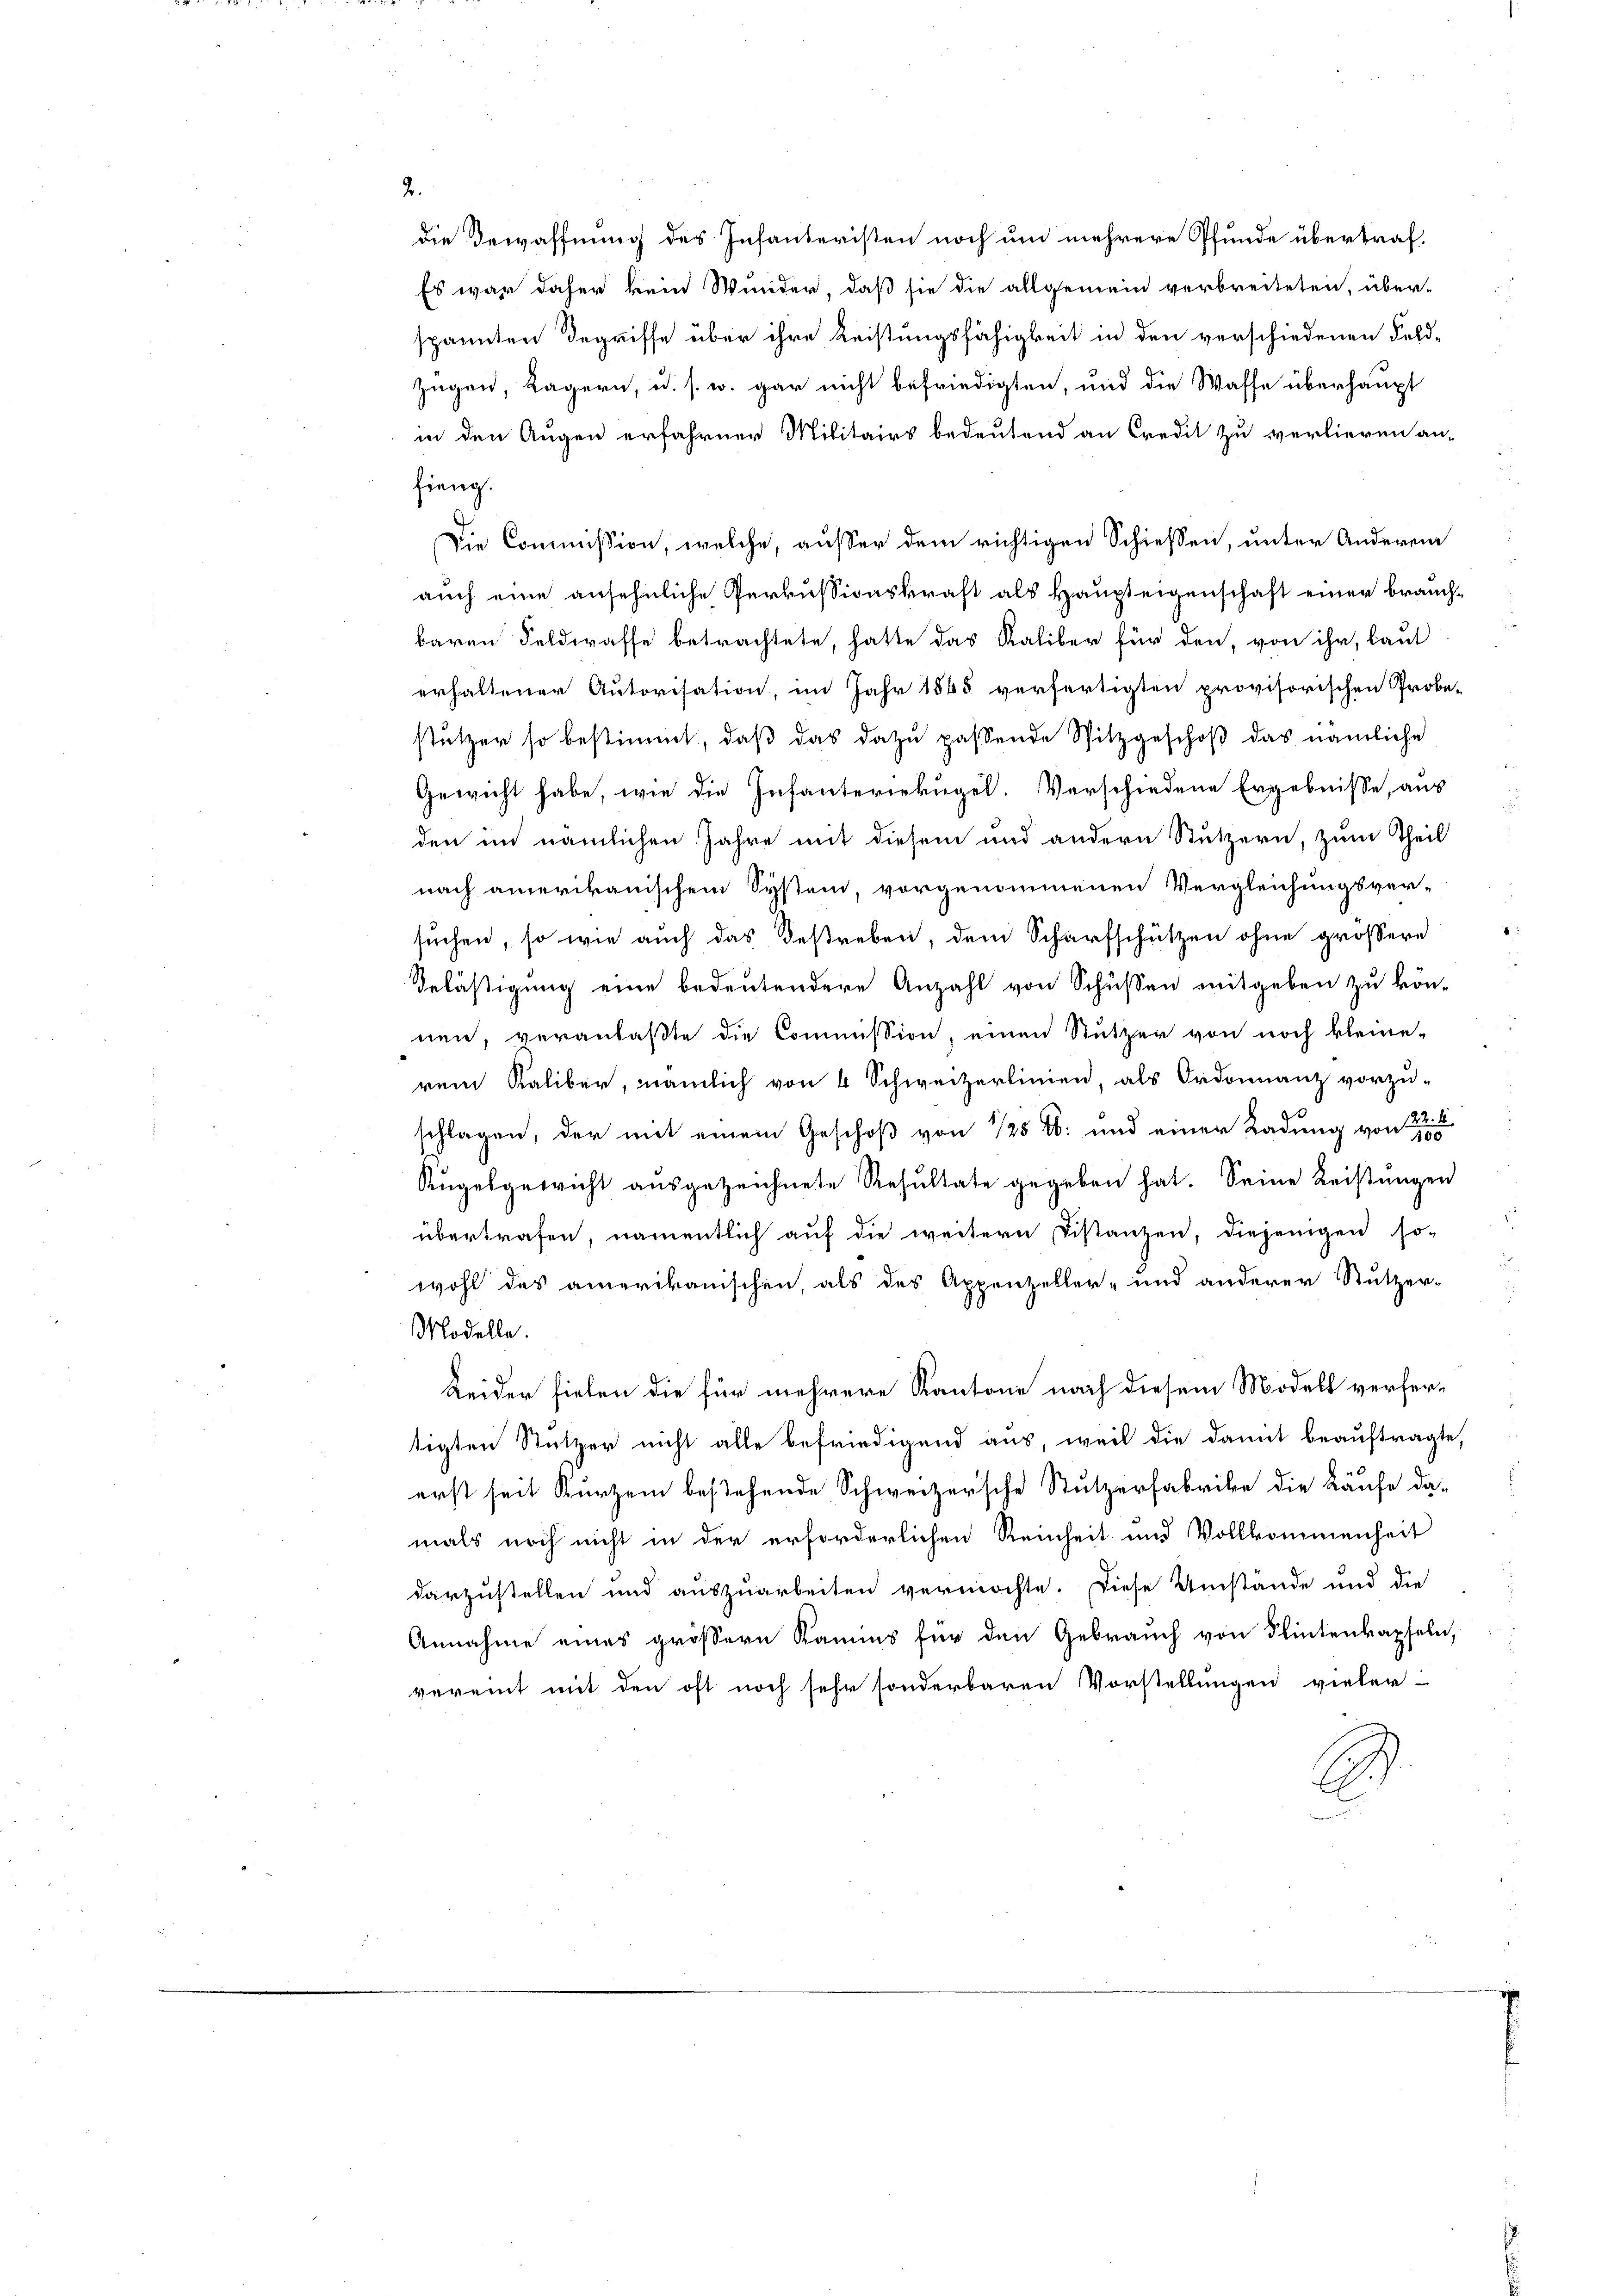
2.
Zügen, Kägern, u. s. w. gar nicht befriedigten, und die Waffe überhaupt
in den Augen erfahrner Militairs bedeutend an Credit zu verlieren an-
fieng.
Die Commission, welche, außer dem richtigen Schiessen, unter Anderen
auch eine ansehnliche Perkussionskraft als Haupteigenschaft einer brauchbaren Feldwasse betrachtete, hatte das Kaliber für den, von ihr, laut
erhaltener Autorisation, im Jahr 1845 verfertigten provisorischen Probe-
stützer so bestimmt, daß das dazu passende Spitzgeschoß das nämliche
Gewicht habe, wie die Infanteriekugel. Verschiedene Ergebnisse, aus
den im nämlichen Jahre mit diesem und andern Stützern, zum Theil
nach amerikanischem System, vorgenommenen Vergleichungsver-
suchen, so wie auch das Bestreben, dem Scharfschützen ohne grössere
Belästigung eine bedeutendere Anzahl von Schüssen mitgeben zu kön-
nen, veranlaßte die Commission, einen Stutzer von noch kleine-
rem Kaliber, nämlich von 4 Schweizerlinien, als Ordonnanz vorzu-
schlagen, der mit einem Geschoß von 125 l. und einer Ladung von 12
Kŭgelgewicht aŭsgezeichnete Resŭltate gegeben hat. Seine Leistŭngen
übertrafen, namentlich auf die weitern Distanzen, diejenigen so-
wohl des amerikanischen, als des Appenzeller- und anderer Stutzer-
Modelle.
Leider fielen die für mehrere Kantone nach diesem Modell verfer-
tigten Stützer nicht alle befriedigend aus, weil die damit beauftragte,
erst seit Kurzem bestehende Schweizerische Stutzerfabrike die Käufe da-
mals noch nicht in der erforderlichen Reinheit und Vollkommenheit
darzustellen und auszuarbeiten vermöchte. Diese Umstände und die
Annahme eines grössern Kamins für den Gebrauch von Flintenkapseln,
vereint mit den oft noch sehr sonderbaren Vorstellungen vieler-
B

die Bewaffnung des Infanteristen noch um mehrere Pfunde übertraf¬
Es war daher kein Wider, daß sie die allgemein verbreiteten, über-
spannten degriffe über ihre Leistungsfähigkeit in den verschiedenen Feld-